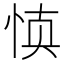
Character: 𰑝